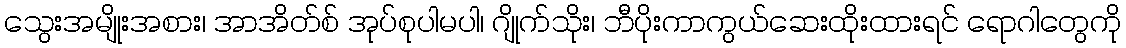
သွေးအမျိုးအစား၊ အာအိတ်စ် အုပ်စုပါမပါ၊ ဂျိုက်သိုး၊ ဘီပိုးကာကွယ်ဆေးထိုးထားရင် ရောဂါတွေကို